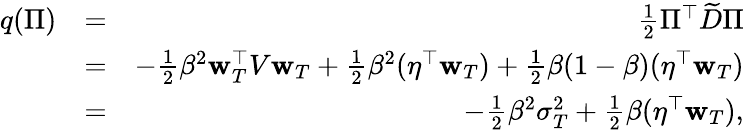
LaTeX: \begin{array}{rlr}{q(\Pi)}&{=}&{\frac 12\Pi^{\top}\widetilde{D}\Pi}\\ &{=}&{-\frac 12\beta^{2}{\mathbf w}_{T}^{\top}V{\mathbf w}_{T}+\frac 12\beta^{2}(\eta^{\top}{\mathbf w}_{T})+\frac 12\beta(1-\beta)(\eta^{\top}{\mathbf w}_{T})}\\ &{=}&{-\frac 12\beta^{2}\sigma_{T}^{2}+\frac 12\beta(\eta^{\top}{\mathbf w}_{T}),}\end{array}